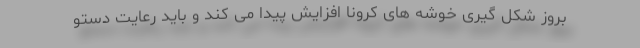
بروز شکل گیری خوشه های کرونا افزایش پیدا می کند و باید رعایت دستو